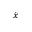
\scriptstyle { \dot { \boldsymbol { x } } }